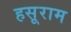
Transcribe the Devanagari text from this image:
हसूराम